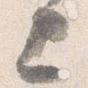
上